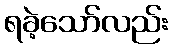
ရခဲ့သော်လည်း